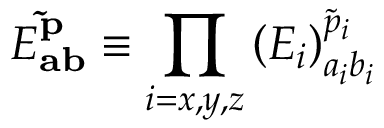
E _ { \mathbf { a b } } ^ { \mathbf { \tilde { p } } } \equiv \prod _ { i = { x , y , z } } \left( E _ { i } \right) _ { a _ { i } b _ { i } } ^ { \tilde { p } _ { i } }